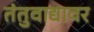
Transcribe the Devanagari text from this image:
तंतुवाद्यावर